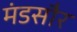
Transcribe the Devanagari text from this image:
मंडसौर